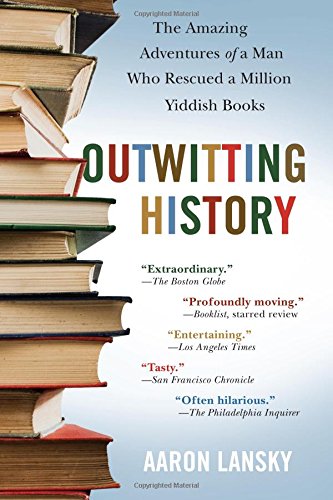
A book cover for Outwitting History: The Amazing Adventures of a Man Who Rescued a Million Yiddish Books; Aaron Lansky; Crafts, Hobbies & Home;